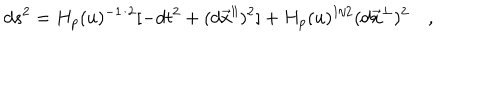
LaTeX: d s ^ { 2 } = H _ { p } ( u ) ^ { - 1 / 2 } [ - d t ^ { 2 } + ( d { { \vec { x } } ^ { \parallel } } ) ^ { 2 } ] + H _ { p } ( u ) ^ { 1 / 2 } ( d { { \vec { x } } ^ { \perp } } ) ^ { 2 } \quad ,